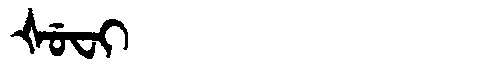
Manchu: ᡧᡠᠸᡳ
Romanization: ŠUFI